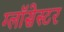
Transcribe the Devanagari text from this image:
ग्लॉसेस्टर